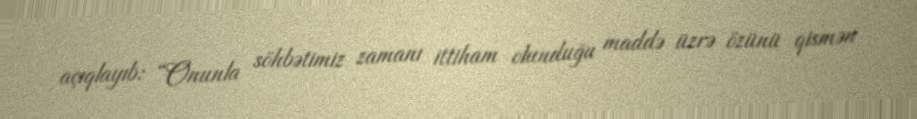
açıqlayıb: “Onunla söhbətimiz zamanı ittiham olunduğu maddə üzrə özünü qismən